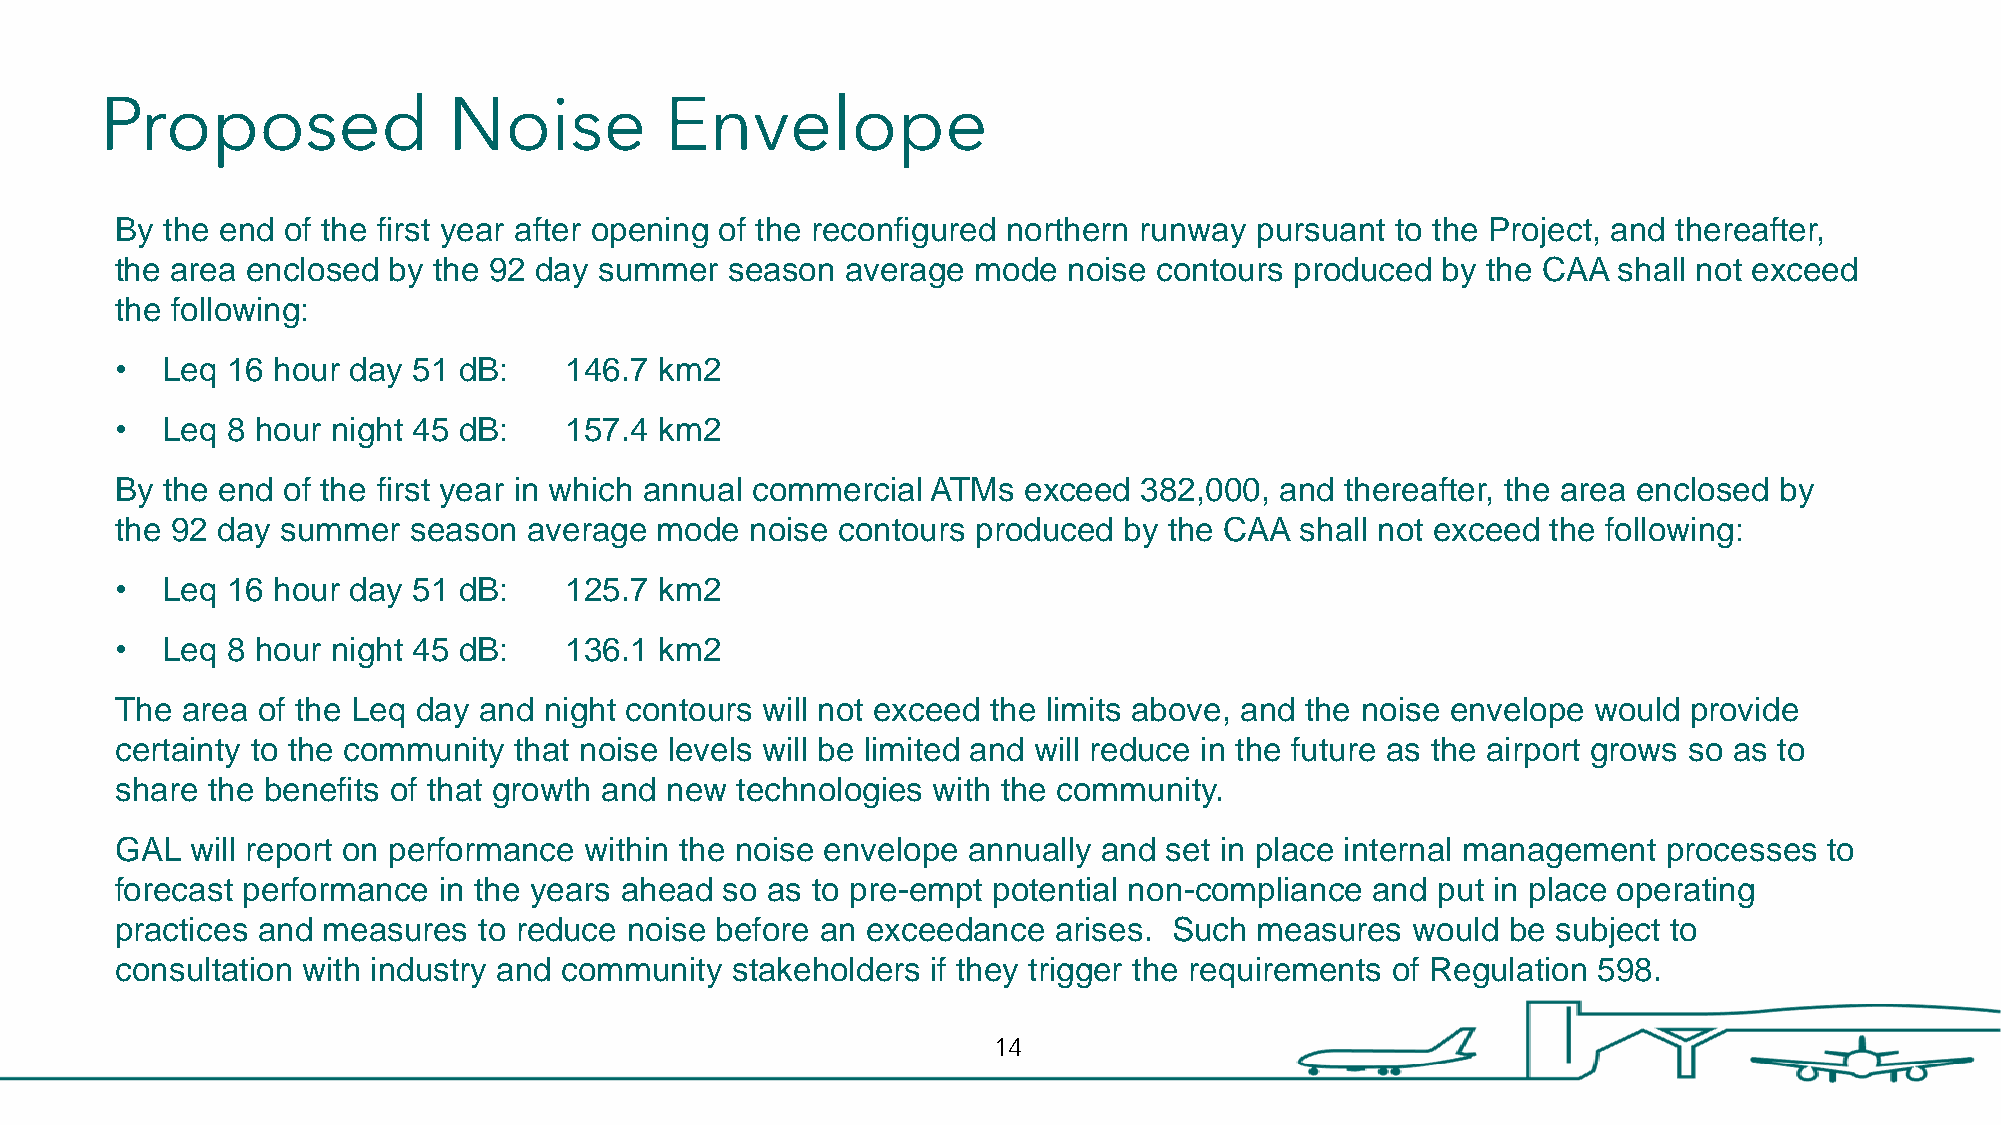
Proposed               Noise         Envelope
 By the end of the first year after opening of the reconfigured northern runway pursuant to the Project, and thereafter,
 the area enclosed by the 92 day summer  season  average  mode  noise contours produced by the CAA  shall not exceed
 the following:
 •  Leq 16 hour day 51 dB:    146.7  km2
 •  Leq 8 hour night 45 dB:   157.4  km2
 By the end of the first year in which annual commercial ATMs exceed 382,000, and thereafter, the area enclosed by
 the 92 day summer  season  average mode   noise contours produced by the CAA  shall not exceed the following:
 •  Leq 16 hour day 51 dB:    125.7  km2
 •  Leq 8 hour night 45 dB:   136.1  km2
 The area of the Leq day and night contours will not exceed the limits above, and the noise envelope would provide
 certainty to the community that noise levels will be limited and will reduce in the future as the airport grows so as to
 share the benefits of that growth and new technologies with the community.
 GAL  will report on performance within the noise envelope annually and set in place internal management processes to
 forecast performance in the years ahead so as to pre-empt potential non-compliance and put in place operating
 practices and measures  to reduce noise before an exceedance  arises. Such measures  would  be subject to
 consultation with industry and community stakeholders if they trigger the requirements of Regulation 598.
 14